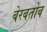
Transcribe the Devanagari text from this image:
बेरबतोव